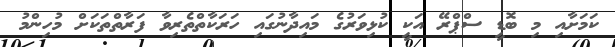
ކަމަށާއި މި ބޮޑީ ސްޕްރޭ އަކީ ކުޅިވަރުގެ މައިދާނުގައި ހަރަކާތްތެރިވާ ފަރާތްތަކަށް މުހިންމު